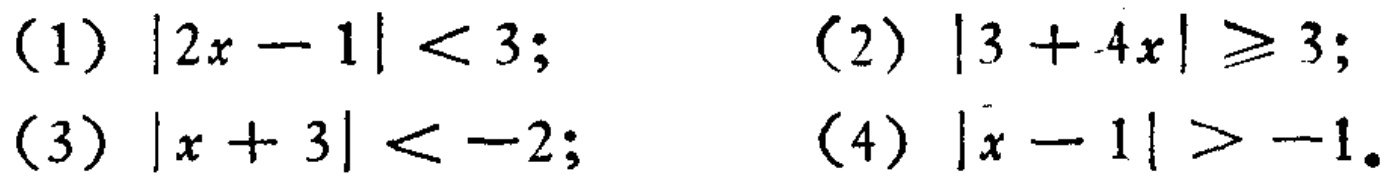
(1) \(|2x - 1| < 3\);
(2) \(|3 + 4x| \geq 3\);
(3) \(|x + 3| < -2\);
(4) \(|x - 1| > -1\)。